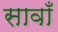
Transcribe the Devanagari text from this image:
सावाँ